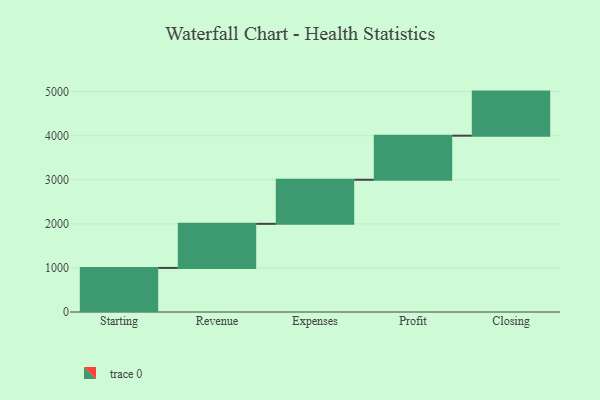
{"axis": {"x": "Step", "y": "Value"}, "legend": [""], "data": [{"x": "Starting", "y": 1000, "type": ""}, {"x": "Revenue", "y": 1000, "type": ""}, {"x": "Expenses", "y": 1000, "type": ""}, {"x": "Profit", "y": 1000, "type": ""}, {"x": "Closing", "y": 1000, "type": ""}]}